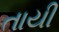
તાયી